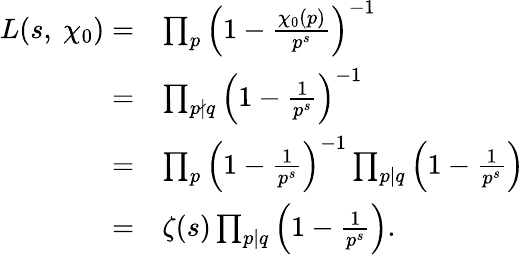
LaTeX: \begin{array}{rl}{L(s,\ \chi_{0})=}&{\prod_{p}\left(1-\frac{\chi_{0}(p)}{p^{s}}\right)^{-1}}\\ {=}&{\prod_{p\nmid q}\left(1-\frac{1}{p^{s}}\right)^{-1}}\\ {=}&{\prod_{p}\left(1-\frac{1}{p^{s}}\right)^{-1}\prod_{p\mid q}\left(1-\frac{1}{p^{s}}\right)}\\ {=}&{\zeta(s)\prod_{p\mid q}\left(1-\frac{1}{p^{s}}\right).}\end{array}